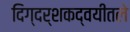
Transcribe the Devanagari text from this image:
दिग्दर्शकद्वयीतले